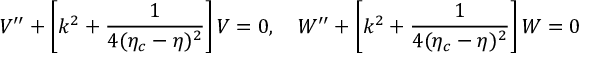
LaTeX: { \cal V } ^ { \prime \prime } + \left[ k ^ { 2 } + \frac { 1 } { 4 ( \eta _ { c } - \eta ) ^ { 2 } } \right] { \cal V } = 0 , ~ ~ ~ { \cal W } ^ { \prime \prime } + \left[ k ^ { 2 } + \frac { 1 } { 4 ( \eta _ { c } - \eta ) ^ { 2 } } \right] { \cal W } = 0